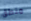
منطق